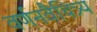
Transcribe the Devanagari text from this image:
वर्णनवैचित्र्य